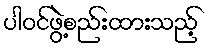
ပါဝင်ဖွဲ့စည်းထားသည့်